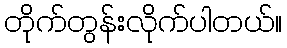
တိုက်တွန်းလိုက်ပါတယ်။